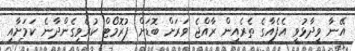
އޭނާ ވިދާޅުވީ އެފެއާގެ ތެރެއިން ރާއްޖެ ވަރަށް ބޮޑަށް ޕުރޮމޯޓް ކުރެވިގެންދާނެ ކަމަށާއި